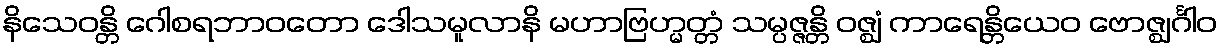
နိသေဝန္တိ ဂေါစရဘာဝတော ဒေါသမူလာနိ မဟာဗြဟ္မတ္တံ သမ္ပဇ္ဇန္တိ ဝဇ္ဈံ ကာရေန္တိယေဝ ဗောဇ္ဈင်္ဂါဝ